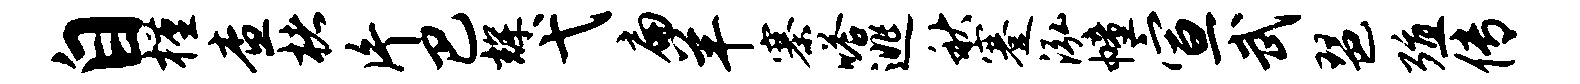
自槿查楮片巴辉弋扁羊寨嗒逃秋蹇泓幢宣武琶殖传